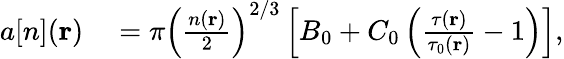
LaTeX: \begin{array}{rl}{a[n](\mathbf{r})}&{{}=\pi\left(\frac{n(\mathbf{r})}{2}\right)^{2/3}\left[B_{0}+C_{0}\left(\frac{\tau(\mathbf{r})}{\tau_{0}(\mathbf{r})}-1\right)\right],}\end{array}